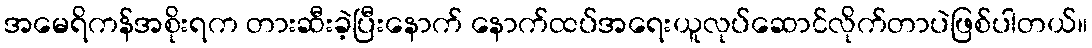
အမေရိကန်အစိုးရက တားဆီးခဲ့ပြီးနောက် နောက်ထပ်အရေးယူလုပ်ဆောင်လိုက်တာပဲဖြစ်ပါတယ်။